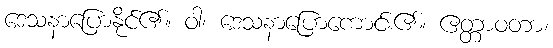
ဒေသနာပြောနိုင်၏။ ဝါ၊ ဒေသနာပြောကောင်း၏။ ဧတ္တာဝတာ၊